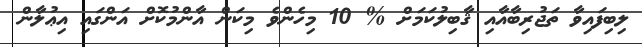
ލިބިފައިވާ ތަޖުރިބާއާއި ޤާބިލުކަމަށް % 10 މިހެންވެ މިކަން އާންމުކޮށް އަންގައި އިޢުލާން